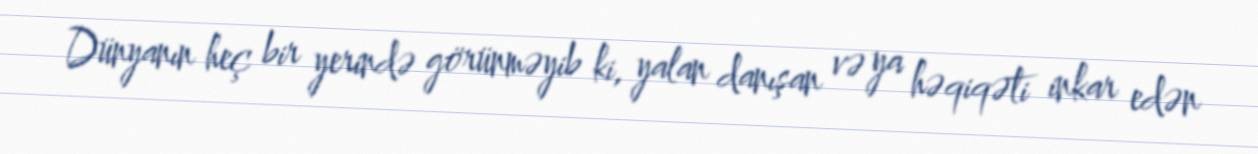
Dünyanın heç bir yerində görünməyib ki, yalan danışan və ya həqiqəti inkar edən